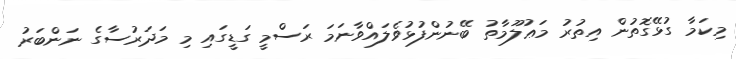
މިކަމާ ގުޅޭގޮތުން އިތުރު މަޢުލޫމާތު ބޭނުންފުޅުވެލައްވާނަމަ ރަސްމީ ގަޑީގައި މި މަދަރުސާގެ ނަންބަރު